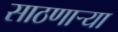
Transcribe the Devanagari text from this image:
साठणाऱ्या